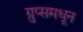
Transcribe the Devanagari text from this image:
ग्रुप्समधून